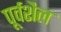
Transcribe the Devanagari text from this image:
पूर्वशैल